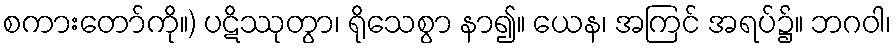
စကားတော်ကို။) ပဋိဿုတွာ၊ ရိုသေစွာ နာ၍။ ယေန၊ အကြင် အရပ်၌။ ဘဂဝါ၊